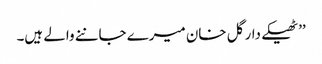
’’ٹھیکے دار گل خان میرے جاننے والے ہیں۔